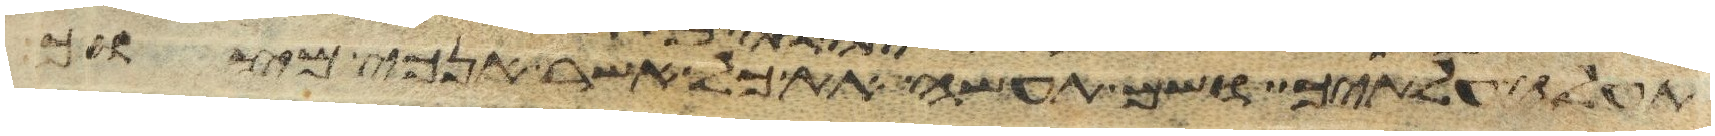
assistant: תעלה עלתיך ושם תעשה את כל אשר אנכי מצוך